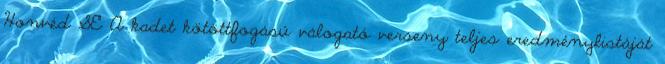
Honvéd SE A kadet kötöttfogású válogató verseny teljes eredménylistáját